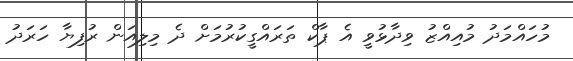
މުހައްމަދު މުއިއްޒު ވިދާޅުވީ އެ ޕާކް ތަރައްގީކުރުމަށް ދެ މިލިއަން ރުފިޔާ ހަރަދު